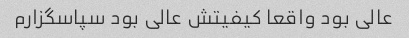
عالی بود واقعا کیفیتش عالی بود سپاسگزارم